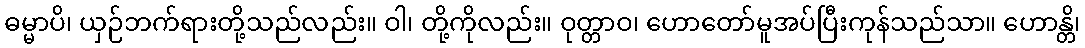
ဓမ္မာပိ၊ ယှဉ်ဘက်ရားတို့သည်လည်း။ ဝါ၊ တို့ကိုလည်း။ ဝုတ္တာဝ၊ ဟောတော်မူအပ်ပြီးကုန်သည်သာ။ ဟောန္တိ၊